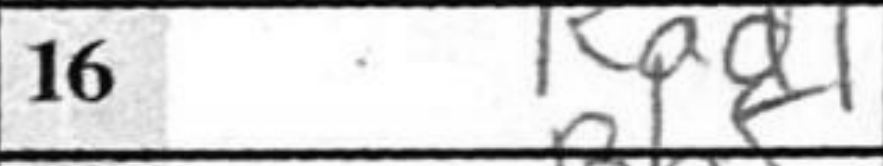
Transcription: Rad1